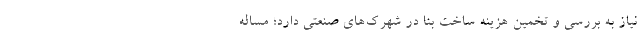
نیاز به بررسی و تخمین هزینه ساخت بنا در شهرک‌های صنعتی دارد؛ مساله